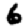
Digit: 6